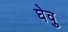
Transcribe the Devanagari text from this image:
घेवु